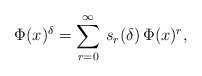
\begin{align*}\Phi(x)^{\delta}=\sum_{r=0}^\infty\,s_r(\delta)\,\Phi(x)^r,\end{align*}